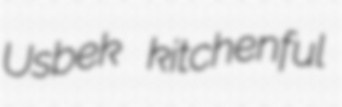
Usbek kitchenful